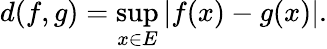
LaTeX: d(f,g)=\operatorname*{sup}_{x\in E}|f(x)-g(x)|.